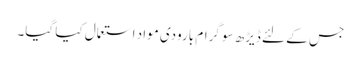
جس کے لئے ڈیڑھ سو گرام بارودی مواد استعمال کیا گیا۔